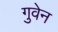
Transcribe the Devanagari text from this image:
गुवेन